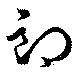
郎